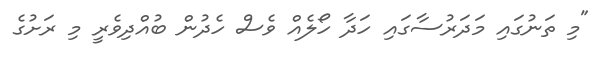
"މި ތަނުގައި މަދަރުސާގައި ހަދާ ހޯލެއް ވެސް ހެދުން ބުއްދިވެރީ މި ރަށުގެ